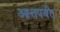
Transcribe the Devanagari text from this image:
आत्तपर्यंत